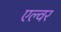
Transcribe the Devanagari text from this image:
एल्वर